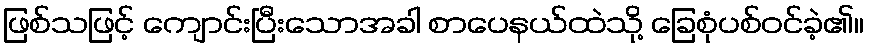
ဖြစ်သဖြင့် ကျောင်းပြီးသောအခါ စာပေနယ်ထဲသို့ ခြေစုံပစ်ဝင်ခဲ့၏။